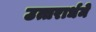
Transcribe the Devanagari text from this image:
उत्तरार्धमे